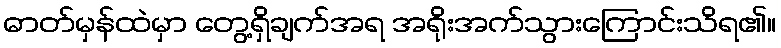
ဓာတ်မှန်ထဲမှာ တွေ့ရှိချက်အရ အရိုးအက်သွားကြောင်းသိရ၏။